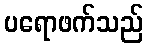
ပရောဖက်သည်